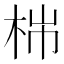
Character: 𣑹